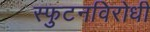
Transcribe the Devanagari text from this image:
स्‍फुटनविरोधी